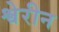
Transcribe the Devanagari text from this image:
श्वेरीन